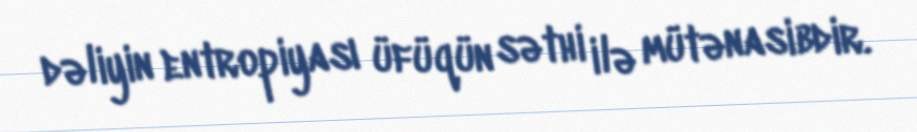
dəliyin entropiyası üfüqün səthi ilə mütənasibdir.